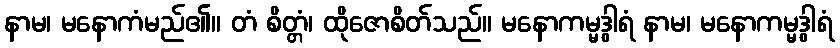
နာမ၊ မနောကံမည်၏။ တံ စိတ္တံ၊ ထိုဇောစိတ်သည်။ မနောကမ္မဒွါရံ နာမ၊ မနောကမ္မဒွါရံ